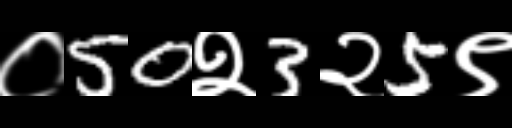
Text: ०50२3२5९